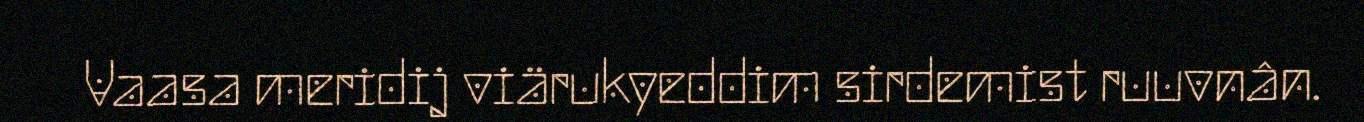
Vaasa meridij viärukyeddim sirdemist ruuvnân.